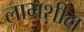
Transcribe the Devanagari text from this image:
लाभशील